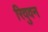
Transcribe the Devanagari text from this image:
रिवुवन